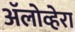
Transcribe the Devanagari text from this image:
ॲलोव्हेरा